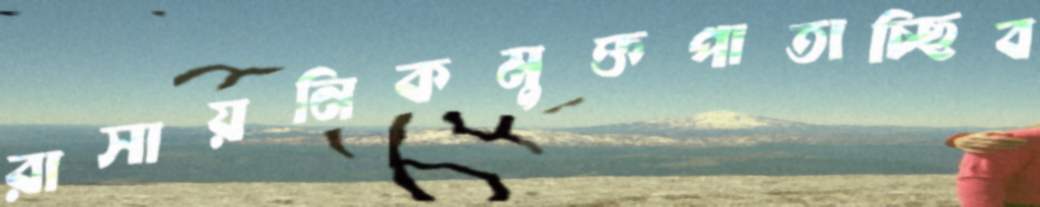
রাসায়নিকমুক্তপাতাচ্ছিব